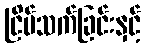
ငြိမ်သက်ခြင်းနှင့်